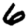
Digit: 6